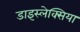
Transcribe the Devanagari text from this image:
डाइस्लेक्सिया